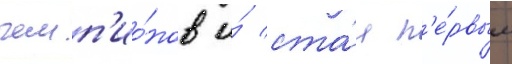
чемп'ио́нов и́ ста́л п'е́рвым